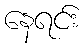
နေရင်း